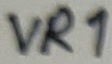
Text: VR1